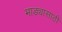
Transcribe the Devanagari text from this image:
भाड्यासाठी